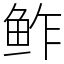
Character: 鲊